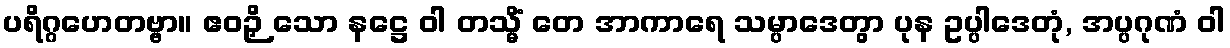
ပရိဂ္ဂဟေတဗ္ဗာ။ ဧဝဉှိ သော နဋ္ဌေ ဝါ တသ္မိံ တေ အာကာရေ သမ္ပာဒေတွာ ပုန ဥပ္ပါဒေတုံ, အပ္ပဂုဏံ ဝါ